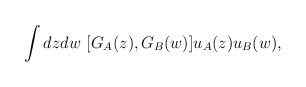
\begin{align*}\int dz dw\ [G_A(z),G_B(w)] u_A(z) u_B (w),\end{align*}